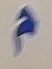
م